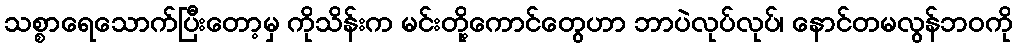
သစ္စာရေသောက်ပြီးတော့မှ ကိုသိန်းက မင်းတို့ကောင်တွေဟာ ဘာပဲလုပ်လုပ်၊ နောင်တမလွန်ဘဝကို